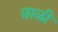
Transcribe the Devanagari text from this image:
छाळी